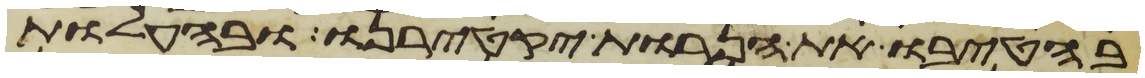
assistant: בהטיבו את הנרות יקטירנו ובהעלות